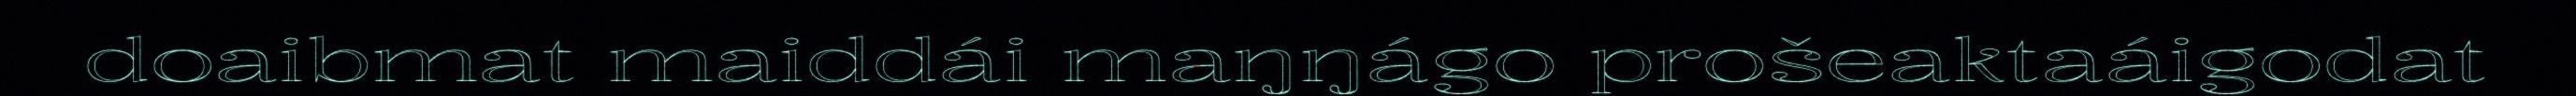
doaibmat maiddái maŋŋágo prošeaktaáigodat